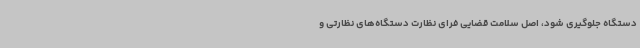
دستگاه جلوگیری شود، اصل سلامت قضایی فرای نظارت دستگاه‌های نظارتی و